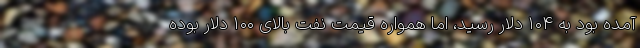
آمده بود به ۱۰۴ دلار رسید، اما همواره قیمت نفت بالای ۱۰۰ دلار بوده